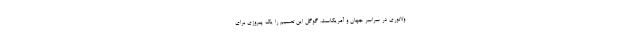
ولاتوری در سراسر جهان و آمریکاست. گوگل این تصمیم را یک پیروزی برای